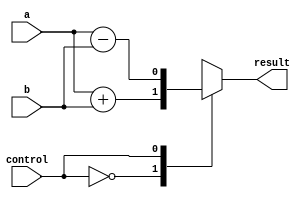
module alu_1bit (
    input wire a,
    input wire b,
    input wire control,
    output reg result
);

always @*
begin
    case (control)
        2'b00: result = a + b; // Addition
        2'b01: result = a - b; // Subtraction
        2'b10: result = a & b; // AND
        2'b11: result = a | b; // OR
        default: result = a ^ b; // XOR
    endcase
end

endmodule